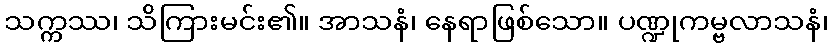
သက္ကဿ၊ သိကြားမင်း၏။ အာသနံ၊ နေရာဖြစ်သော။ ပဏ္ဍုကမ္ဗလာသနံ၊